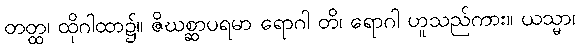
တတ္ထ၊ ထိုဂါထာ၌။ ဇိဃစ္ဆာပရမာ ရောဂါ တိ၊ ရောဂါ ဟူသည်ကား။ ယသ္မာ၊